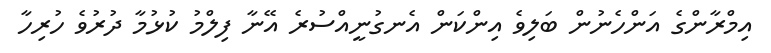
އިމްރާންގެ އަންހެނުން ބަލިވެ އިންކަން އެނގުނީއްސުރެ އޭނާ ފިލްމު ކުޅުމާ ދުރުވެ ހުރިހާ